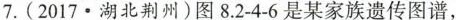
7.(2017.湖北荆州)图8.2-4-6是某家族遗传图谱